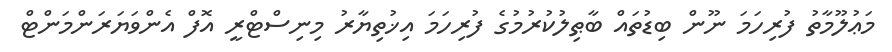
މަޢުލޫމާތު ފުރިހަމަ ނޫން ބިޑުތައް ބާޠިލުކުރުމުގެ ފުރިހަމަ އިޚުތިޔާރު މިނިސްޓްރީ އޮފް އެންވަޔަރަންމަންޓް